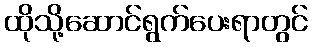
ထိုသို့ဆောင်ရွက်ပေးရာတွင်